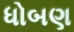
ધોબણ